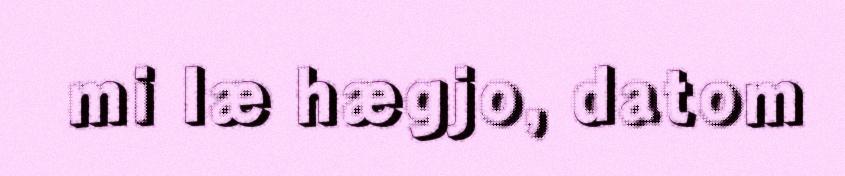
mi læ hægjo, datom